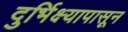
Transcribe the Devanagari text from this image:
दुर्भिक्ष्यापासून